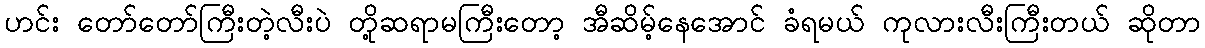
ဟင်း တော်တော်ကြီးတဲ့လီးပဲ တို့ဆရာမကြီးတော့ အီဆိမ့်နေအောင် ခံရမယ် ကုလားလီးကြီးတယ် ဆိုတာ